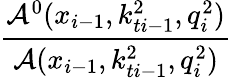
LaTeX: \frac{{\cal A}^{0}(x_{i-1},k_{ti-1}^{2},q_{i}^{2})}{{\cal A}(x_{i-1},k_{ti-1}^{2},q_{i}^{2})}